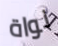
نواة